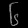
Digit: ၆